Notes on vaccination in the North-West Frontier Province 1923-1928 - 1923-1928
Year: 1923
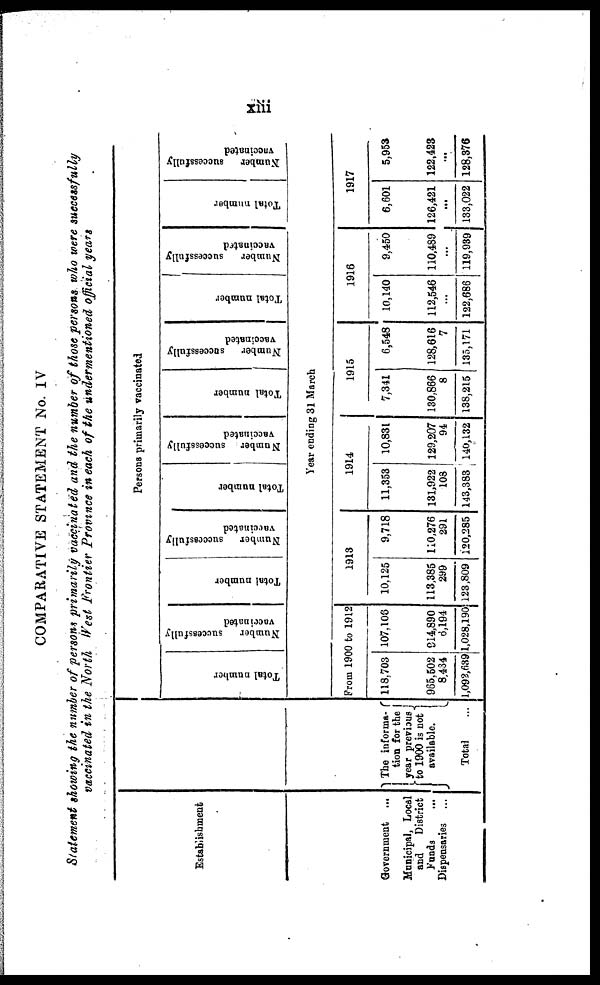
xiii
COMPARATIVE STATEMENT No. IV
Statement showing the number of persons primarily vaccinated and the number of those persons who were successfully
vaccinated in the North West Frontier Province in each of the undermentioned official years
Establishment
Government ...
Municipal, Local
and
District
Funds ...
Dispensaries ...
The informa¬
tion for the
year previous
to 1900 is not
available.
Total
Persons primarily vaccinated
Total number
Number
successfully
vaccinated
Total number
Number
successfully
vaccinated
Total number
Number successfully
vaccinated
Total number
Number
successfully
vaccinated
Total number
Number
successfully
vaccinated
Total number
Number
successfully
vaccinated
Year ending 31 March
From 1900 to 1912
118,703
965,502
8,434
1,092,639
107,106
914,890
6,194
1,028,190
1913
10,125
113,385
299
123,809
9,718
110,276
291
120,285
1914
11,353
131,922
108
143,383
10,831
129,207
94
140,132
1915
7,341
130,866
8
138,215
6,548
128,616
7
135,171
1916
10,140
112,546
...
122,686
9,450
110,489
...
119,939
1917
6,601
126,421
...
133,022
5,953
122,423
...
128,376